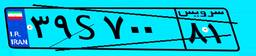
۳۳S۷۵۵۳۵